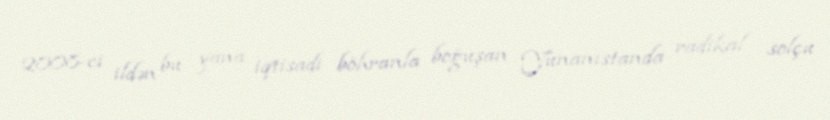
2008-ci ildən bu yana iqtisadi böhranla boğuşan Yunanıstanda radikal solçu